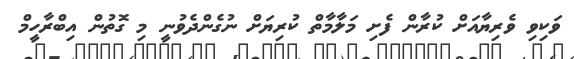
ވަކިވި ވެރިޔާއަށް ކުރާން ފެށި މަލާމާތް ކުރިޔަށް ނުގެންދެވުނީ މި ގޮތުން އިބްރާހީމް